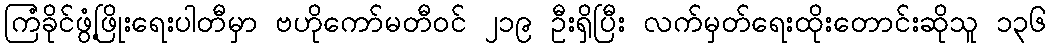
ကြံခိုင်ဖွံ့ဖြိုးရေးပါတီမှာ ဗဟိုကော်မတီဝင် ၂၁၉ ဦးရှိပြီး လက်မှတ်ရေးထိုးတောင်းဆိုသူ ၁၃၆